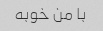
با من خوبه